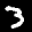
Label: 3